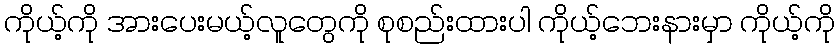
ကိုယ့်ကို အားပေးမယ့်လူတွေကို စုစည်းထားပါ ကိုယ့်ဘေးနားမှာ ကိုယ့်ကို